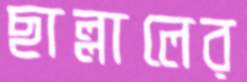
ছাল্লালের